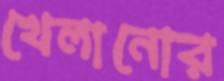
খেলানোর